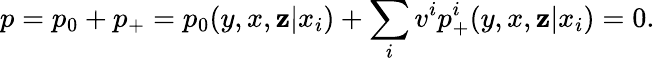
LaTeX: p=p_{0}+p_{+}=p_{0}(y,x,\mathbf{z}|x_{i})+\sum_{i}v^{i}p_{+}^{i}(y,x,\mathbf{z}|x_{i})=0.